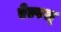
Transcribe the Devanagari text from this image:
ऐल्पस्